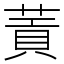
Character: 䔈